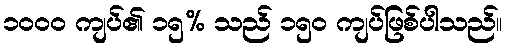
၁၀၀၀ ကျပ်၏ ၁၅% သည် ၁၅၀ ကျပ်ဖြစ်ပါသည်။